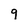
Character: 9